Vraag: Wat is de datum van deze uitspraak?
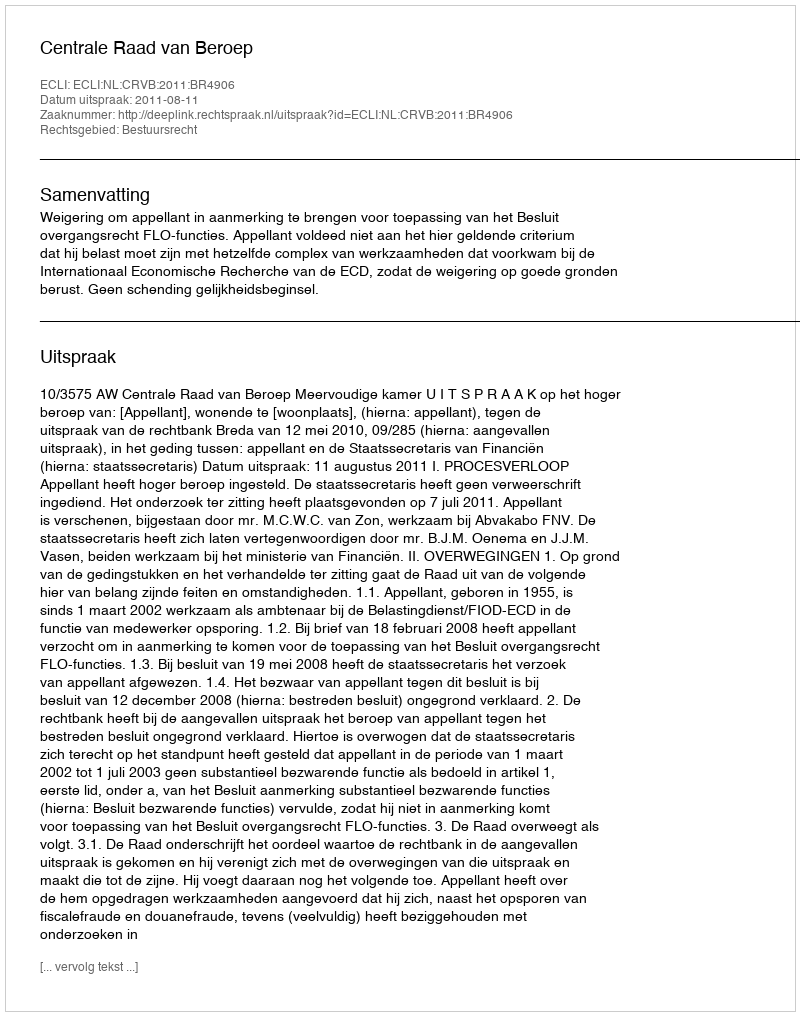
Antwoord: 2011-08-11